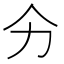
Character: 𭄞